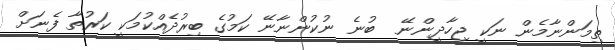
ތިމަންނާމެން ނަކީ ޖިހާދީންނޭ  ބުނެ ނުކުންނާނޭ ކަމުގެ ބިރުދެއްކުމަކީ ކަރުތާ ފެނަށް